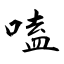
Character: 嗑